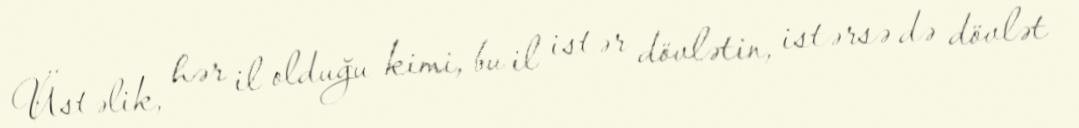
Üstəlik, hər il olduğu kimi, bu il istər dövlətin, istərsə də dövlət